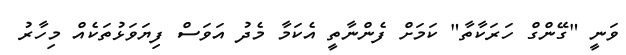
ވަނީ "ގޭންގް ހަރަކާތާ" ކަމަށް ފެންނާާތީ އެކަމާ މެދު އަވަސް ފިޔަވަޅުތަކެއް މިހާރު